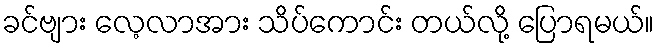
ခင်ဗျား လေ့လာအား သိပ်ကောင်း တယ်လို့ ပြောရမယ်။